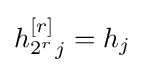
{h_{2^{r}}^{\left[r\right]}}_{j}=h_{j}